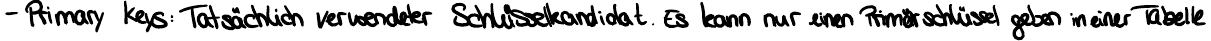
- Primary keys: Tatsächlich verwendeter Schlüsselkandidat. Es kann nur einen Primärschlüssel geben in einer Tabelle